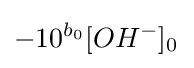
-10^{b_{0}}[OH^{-}]_{0^{}}